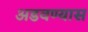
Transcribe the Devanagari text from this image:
अडवण्यास